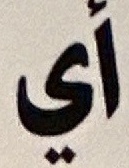
أي